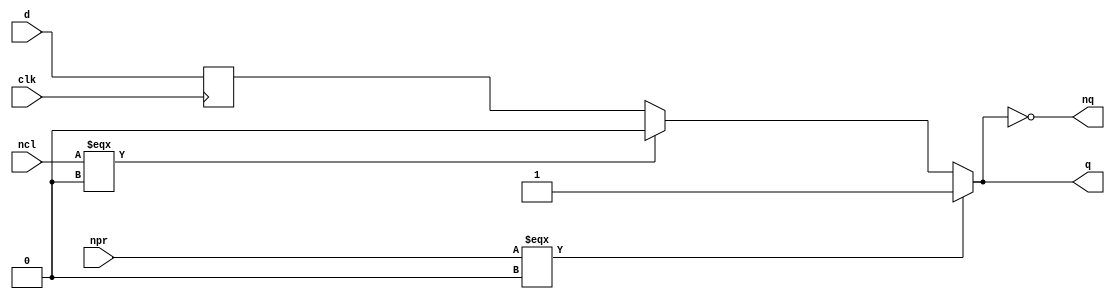
`ifndef INCLUDED_7474
`define INCLUDED_7474

`timescale 1ns/1ps

module ic7474_flipflop #(parameter TPLH = 25, TPHL = 40)(input wire npr, ncl, clk, d, output wire q, nq);
    reg data;

    always @(posedge clk) data <= d;
    //assign #(TPLH, TPHL) q = (npr === 1 && ncl === 1) ? data : ~npr;
    assign #(TPLH, TPHL) q = (npr === 0) ? 1 :((ncl === 0) ? 0 : data);
    assign nq = ~q;
endmodule

`endif